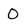
Character: 0